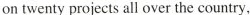
on twenty projects all over the country,